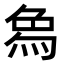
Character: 𤉢